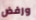
ورفض